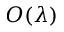
O ( \lambda )